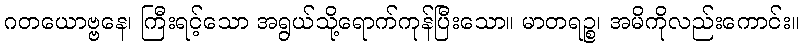
ဂတယောဗ္ဗနေ၊ ကြီးရင့်သော အရွယ်သို့ရောက်ကုန်ပြီးသော။ မာတရဉ္စ၊ အမိကိုလည်းကောင်း။